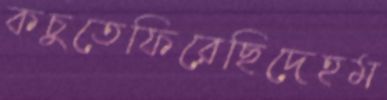
কচুতেফিরেছিদেহম